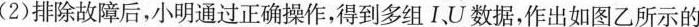
(2)排除故障后，小明通过正确操作，得到多组IU数据，作出如图乙所示的